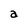
Character: a